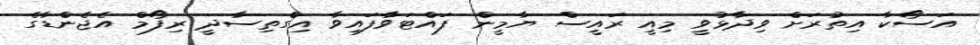
އަސޯކާ އިތުރަށް ވިދާޅުވީ މިއީ ރައީސް ޔާމީން ފައްޓަވާފައިވާ އިގްތިސާދީ ރިފޯމް އެޖެންޑާގެ